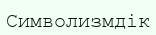
Символизмдік